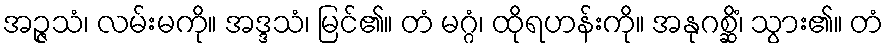
အဉ္ဇသံ၊ လမ်းမကို။ အဒ္ဒသံ၊ မြင်၏။ တံ မဂ္ဂံ၊ ထိုရဟန်းကို။ အနုဂစ္ဆိံ၊ သွား၏။ တံ